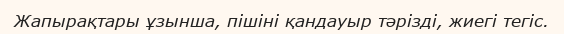
Жапырақтары ұзынша, пішіні қандауыр тәрізді, жиегі тегіс.